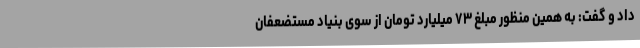
داد و گفت: به همین منظور مبلغ ۷۳ میلیارد تومان از سوی بنیاد مستضعفان